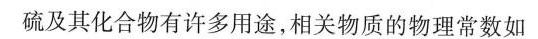
硫及其化合物有许多用途，相关物质的物理常数如